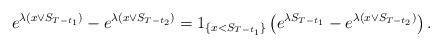
LaTeX: \begin{align*}e^{\lambda (x\vee S_{T-t_1})}-e^{\lambda (x\vee S_{T-t_2})}= 1_{\{x<S_{T-t_1}\}}\left(e^{\lambda S_{T-t_1}}-e^{\lambda(x\vee S_{T-t_2})}\right).\end{align*}